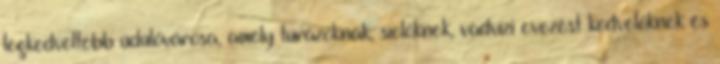
legkedveltebb üdülővárosa, amely túrázóknak, síelőknek, vadvízi evezést kedvelőknek és